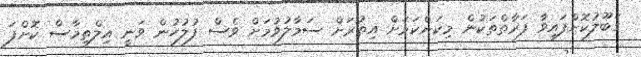
ގަބޫލުކޮށްފައިވާ ފަރާތްތަކުން މިކަންކަމަށް އިތުރަށް ސަމާލުވުމަށް ވެސް ފުލުހުން ވަނީ އިލްތިމާސް ކޮށްފަ